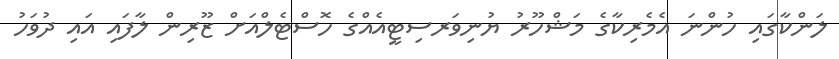
ލަންކާގައި ހުންނަ އެމެރިކާގެ މަޝްހޫރު ޔުނިވަރސިޓީއެއްގެ ހޮސްޓެލްއަށް ޒޫރިން ލާފައި އައި ދުވަހު